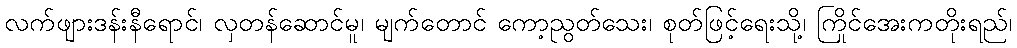
လက်ဖျားဒန်းနီရောင်၊ လှတန်ဆောင်မူ၊ မျက်တောင် ကော့ညွတ်သေး၊ စုတ်ဖြင့်ရေးသို့၊ ကြိုင်အေးကတိုးရည်၊